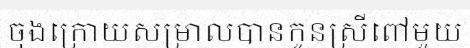
ចុងក្រោយសម្រាលបានកូនស្រីពៅមួយ